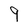
Character: 9